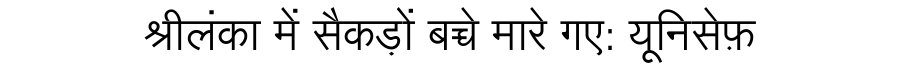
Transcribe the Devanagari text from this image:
श्रीलंका में सैकड़ों बच्चे मारे गए: यूनिसेफ़